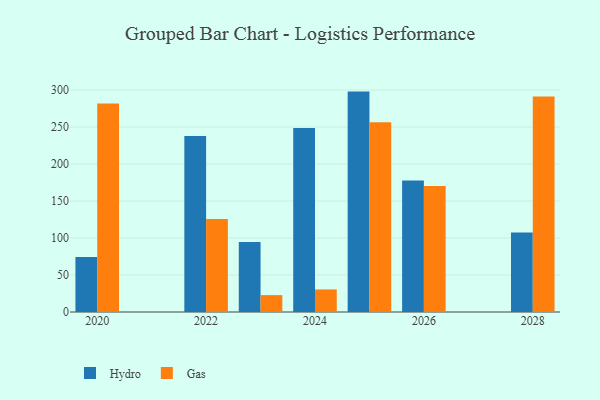
{"axis": {"x": "Year", "y": "Website Visitors"}, "legend": ["Gas", "Hydro"], "data": [{"x": "2020", "y": 74.4, "type": "Hydro"}, {"x": "2020", "y": 281.7, "type": "Gas"}, {"x": "2023", "y": 94.6, "type": "Hydro"}, {"x": "2023", "y": 22.8, "type": "Gas"}, {"x": "2026", "y": 177.8, "type": "Hydro"}, {"x": "2026", "y": 170.2, "type": "Gas"}, {"x": "2028", "y": 107.5, "type": "Hydro"}, {"x": "2028", "y": 291.4, "type": "Gas"}, {"x": "2022", "y": 238.0, "type": "Hydro"}, {"x": "2022", "y": 125.6, "type": "Gas"}, {"x": "2024", "y": 248.7, "type": "Hydro"}, {"x": "2024", "y": 30.5, "type": "Gas"}, {"x": "2025", "y": 297.9, "type": "Hydro"}, {"x": "2025", "y": 256.5, "type": "Gas"}]}